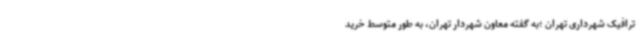
ترافیک شهرداری تهران ؛به گفته معاون شهردار تهران، به طور متوسط خرید